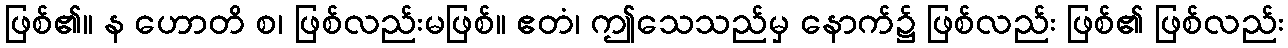
ဖြစ်၏။ န ဟောတိ စ၊ ဖြစ်လည်းမဖြစ်။ ဧတံ၊ ဤသေသည်မှ နောက်၌ ဖြစ်လည်း ဖြစ်၏ ဖြစ်လည်း